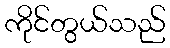
ကိုင်တွယ်သည်